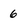
Character: 6